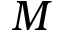
M